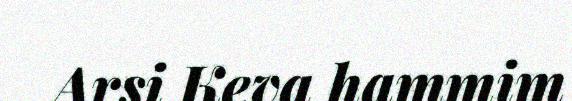
Arsi Keva hammim